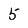
Character: 5